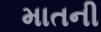
માતની